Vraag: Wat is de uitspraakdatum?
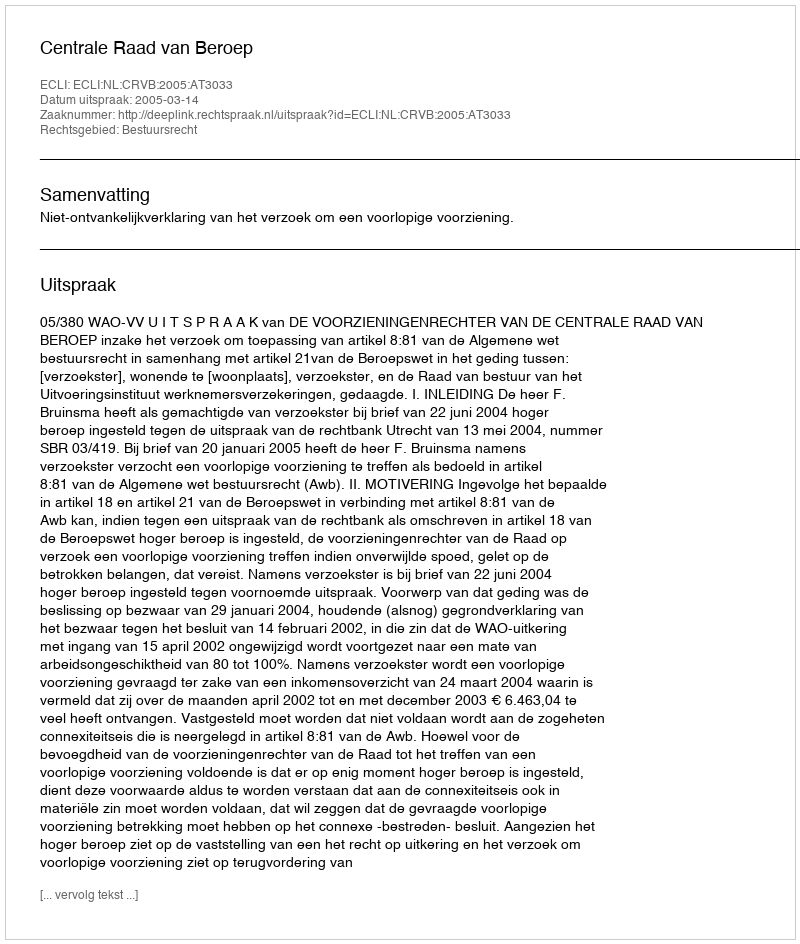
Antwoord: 2005-03-14